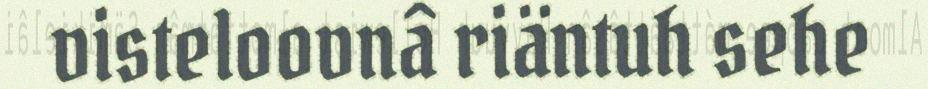
visteloovnâ riäntuh sehe